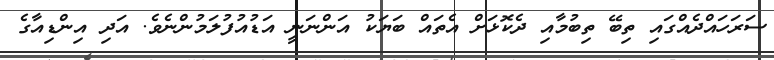
ސަރަހައްދެއްގައި ތިބޭ ތިބުމާއި ދެކޮޅަށް އެތައް ބަޔަކު އަންނަނީ އަޑުއުފުލަމުންނެވެ. އަދި އިންޑިއާގެ